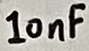
Text: 10nF